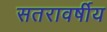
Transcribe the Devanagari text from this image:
सतरावर्षीय